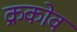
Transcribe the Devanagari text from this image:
क्रकोव